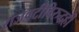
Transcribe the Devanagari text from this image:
राजवटीविरुद्धही